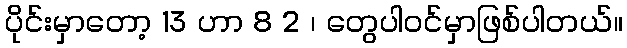
ပိုင်းမှာတော့ 13 ဟာ 8 2 ၊ တွေပါဝင်မှာဖြစ်ပါတယ်။